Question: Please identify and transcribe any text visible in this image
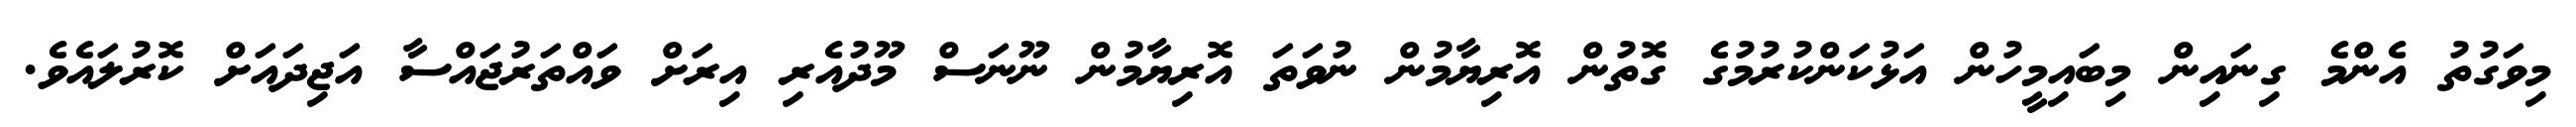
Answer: މިވަގުތު އެންމެ ގިނައިން މިބައިމީހުން އަޅުކަންކުރުމުގެ ގޮތުން އޮރިޔާމުން ނުވަތަ އޮރިޔާމުން ނޫނަސް މޫދުއެރި އިރަށް ވައްތަރުޖައްސާ އަޖިދައަށް ކޮރުލައެވެ.